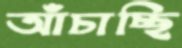
আঁচাচ্ছি